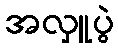
အလှူပွဲ